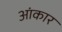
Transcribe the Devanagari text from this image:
आंकार